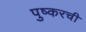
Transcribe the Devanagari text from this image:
पुष्करची